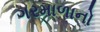
ગરમાળાનો